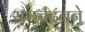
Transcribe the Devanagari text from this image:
रामचंद्रनने